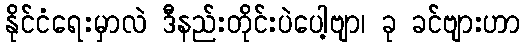
နိုင်ငံရေးမှာလဲ ဒီနည်းတိုင်းပဲပေါ့ဗျာ၊ ခု ခင်ဗျားဟာ